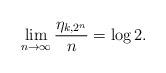
LaTeX: \begin{align*}\lim_{n\to\infty} \frac{\eta_{k,2^n}}{n}=\log 2.\end{align*}